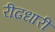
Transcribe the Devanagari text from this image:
रीढधारी